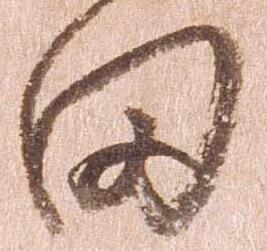
田